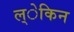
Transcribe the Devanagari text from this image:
ल्ेकिन